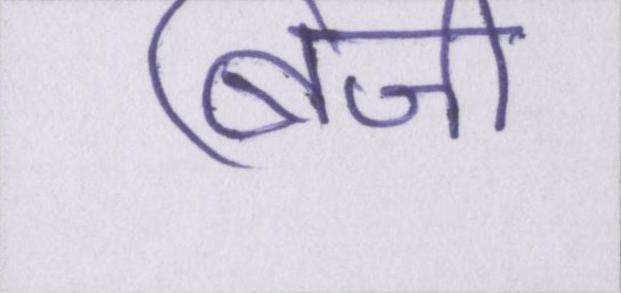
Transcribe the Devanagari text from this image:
बिजी